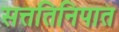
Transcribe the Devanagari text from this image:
सत्ततिनिपात